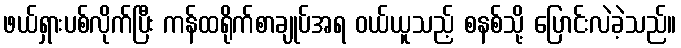
ဖယ်ရှားပစ်လိုက်ပြီး ကန်ထရိုက်စာချုပ်အရ ဝယ်ယူသည့် စနစ်သို့ ပြောင်းလဲခဲ့သည်။